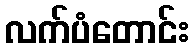
လက်ပံတောင်း